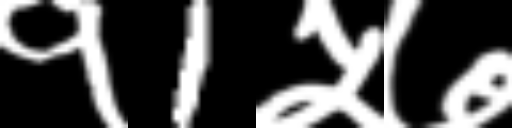
Text: १1५७